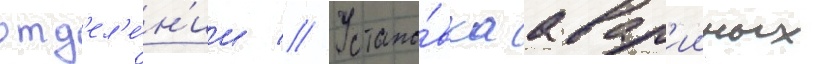
отд'ел'е́н'ии // Устано́вка авар'ииных